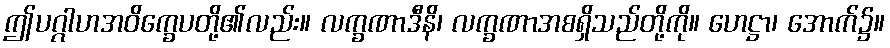
ဤပဂ္ဂါဟအဝိက္ခေပတို့၏လည်း။ လက္ခဏာဒီနိ၊ လက္ခဏာအစရှိသည်တို့ကို။ ဟေဋ္ဌာ၊ အောက်၌။